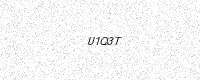
Text: U1Q3T